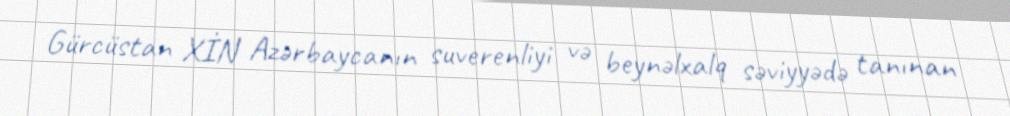
Gürcüstan XİN Azərbaycanın suverenliyi və beynəlxalq səviyyədə tanınan